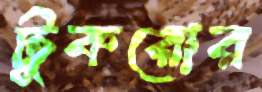
টুকরোর